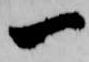
一